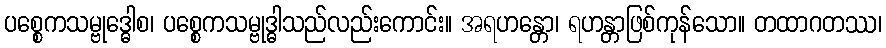
ပစ္စေကသမ္ဗုဒ္ဓေါစ၊ ပစ္စေကသမ္ဗုဒ္ဓါသည်လည်းကောင်း။ အရဟန္တော၊ ရဟန္တာဖြစ်ကုန်သော။ တထာဂတဿ၊